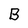
Character: B